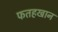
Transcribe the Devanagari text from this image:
फतहखान